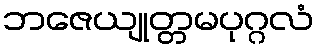
ဘဇေယျုတ္တမပုဂ္ဂလံ